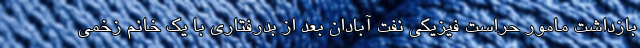
بازداشت مامور حراست فیزیکی نفت آبادان بعد از بدرفتاری با یک خانم زخمی